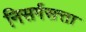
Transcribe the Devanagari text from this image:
निसर्गसत्ता